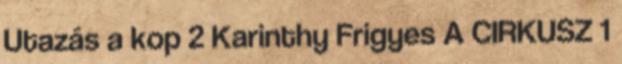
Utazás a kop 2 Karinthy Frigyes A CIRKUSZ 1